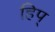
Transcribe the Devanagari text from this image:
हिप्